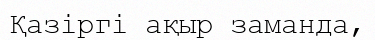
Қазіргі ақыр заманда,